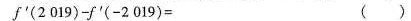
f'(2019)-f'(-2019)= ( )